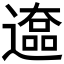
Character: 𰻒